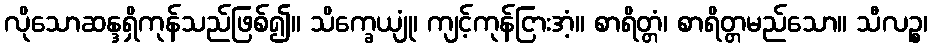
လိုသောဆန္ဒရှိကုန်သည်ဖြစ်၍။ သိက္ခေယျုံ၊ ကျင့်ကုန်ငြားအံ့။ စာရိတ္တံ၊ စာရိတ္တမည်သော။ သီလဉ္စ၊